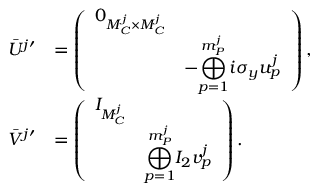
\begin{array} { r l } { \bar { U } ^ { j \prime } } & { = \left( \begin{array} { l l } { 0 _ { M _ { C } ^ { j } \times M _ { C } ^ { j } } } & \\ & { - \displaystyle { \bigoplus _ { p = 1 } ^ { m _ { P } ^ { j } } } i \sigma _ { y } u _ { p } ^ { j } } \end{array} \right) , } \\ { \bar { V } ^ { j \prime } } & { = \left( \begin{array} { l l } { I _ { M _ { C } ^ { j } } } & \\ & { \displaystyle { \bigoplus _ { p = 1 } ^ { m _ { P } ^ { j } } } I _ { 2 } v _ { p } ^ { j } } \end{array} \right) . } \end{array}